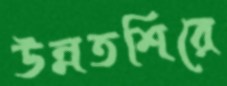
উন্নতশিরে